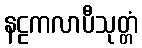
နဠကလာပီသုတ္တံ